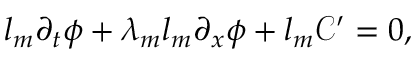
l _ { m } \partial _ { t } \phi + \lambda _ { m } l _ { m } \partial _ { x } \phi + l _ { m } \mathcal { C } ^ { \prime } = 0 ,